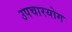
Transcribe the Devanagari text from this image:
उपचारयोग